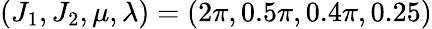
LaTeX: (J_{1},J_{2},\mu,\lambda)=(2\pi,0.5\pi,0.4\pi,0.25)